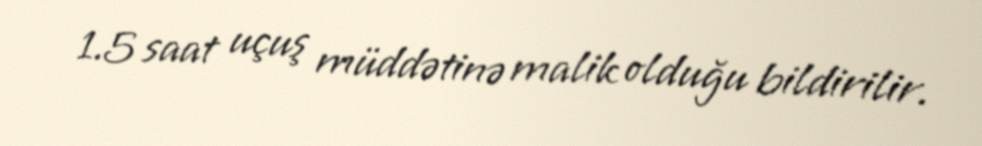
1.5 saat uçuş müddətinə malik olduğu bildirilir.